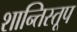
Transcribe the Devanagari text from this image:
शान्तिस्‍तूप